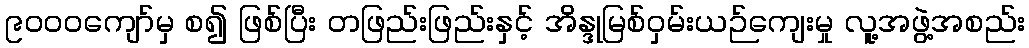
၉၀၀၀ကျော်မှ စ၍ ဖြစ်ပြီး တဖြည်းဖြည်းနှင့် အိန္ဒုမြစ်ဝှမ်းယဉ်ကျေးမှု လူ့အဖွဲ့အစည်း